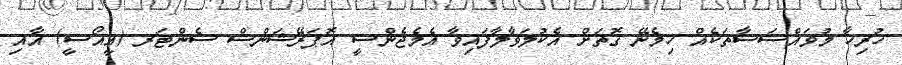
ހުރިހާ މުވައްސަސާތަކެއް ހިމެނޭ ގޮތަށް އެކުލަވާލާފައިވާ އެމެޖެންސީ އޮޕަރޭޝަންސް ސެންޓަރ (އީއޯސީ) އާއި